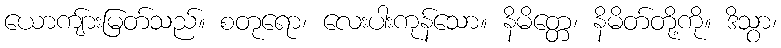
ယောကျ်ားမြတ်သည်။ စတုရော၊ လေးပါးကုန်သော။ နိမိတ္တေ၊ နိမိတ်တို့ကို။ ဒိသွာ၊